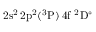
\mathrm { 2 s ^ { 2 } \, 2 p ^ { 2 } ( ^ { 3 } P ) \, 4 f ~ ^ { 2 } D ^ { \circ } }